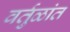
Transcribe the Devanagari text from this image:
वर्तुळांत